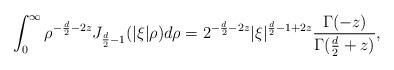
LaTeX: \begin{align*}\int_{0}^{\infty}\rho^{-\frac{d}{2}-2z}J_{\frac{d}{2}-1}(|\xi|\rho)d\rho = 2^{-\frac{d}{2}-2z}|\xi|^{\frac{d}{2}-1+2z}\frac{\Gamma(-z)}{\Gamma(\frac{d}{2}+z)},\end{align*}